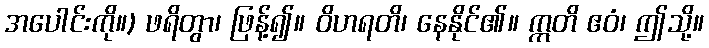
အပေါင်းကို။) ဖရိတွာ၊ ဖြန့်၍။ ဝိဟရတိ၊ နေနိုင်၏။ ဣတိ ဧဝံ၊ ဤသို့။